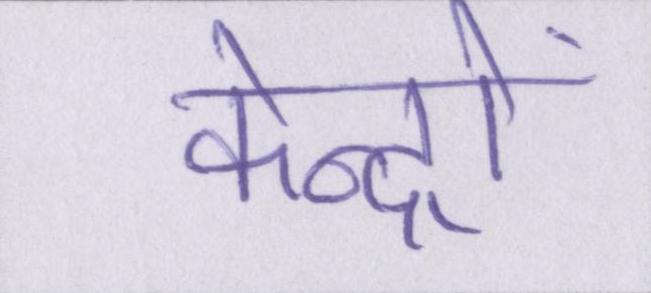
केन्द्रों